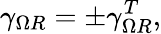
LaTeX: \gamma_{\Omega R}=\pm\gamma_{\Omega R}^{T},